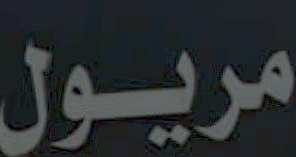
مريول